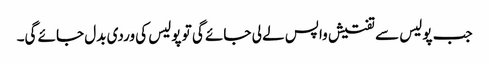
جب پولیس سے تفتیش واپس لے لی جائے گی تو پولیس کی وردی بدل جائے گی۔